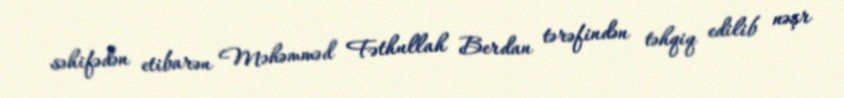
səhifədən etibarən Məhəmməd Fəthullah Berdan tərəfindən təhqiq edilib nəşr